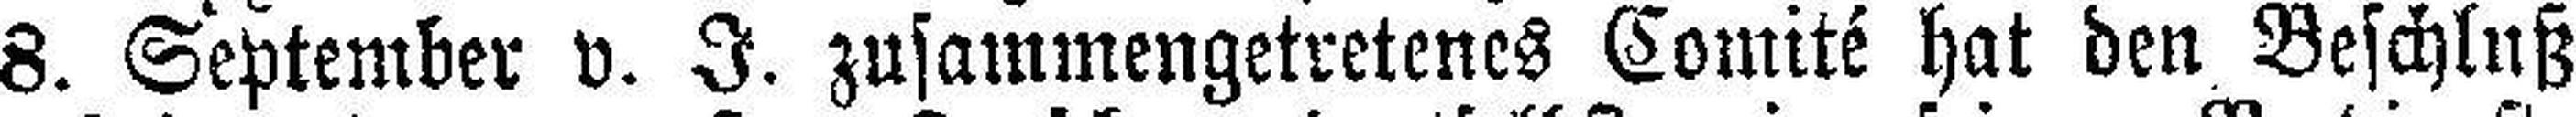
8. September v. J. zusammengetretenes Comité hat den Beschluß